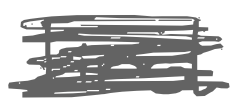
Text: First
Cross-out: scratch
Writing tool: digital_gray